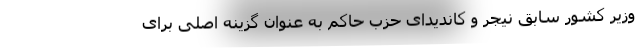
وزیر کشور سابق نیجر و کاندیدای حزب حاکم به عنوان گزینه اصلی برای